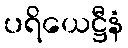
ပရိယေဋ္ဌီနံ